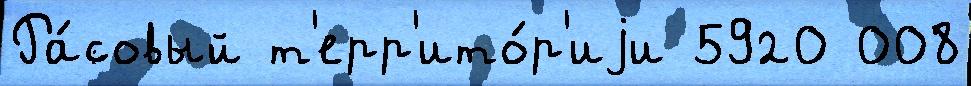
Ра́совый т'ерр'ито́р'иjи 5920 008